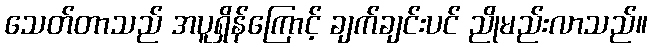
သေတ်တာသည် အပူရှိန်ကြောင့် ချက်ချင်းပင် ညိုမည်းလာသည်။